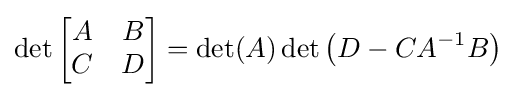
\det {\begin{bmatrix}A&B\\C&D\end{bmatrix}}=\det(A)\det \left(D-CA^{-1}B\right)